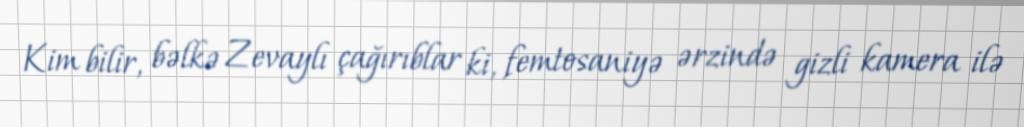
Kim bilir, bəlkə Zevaylı çağırıblar ki, femtosaniyə ərzində gizli kamera ilə